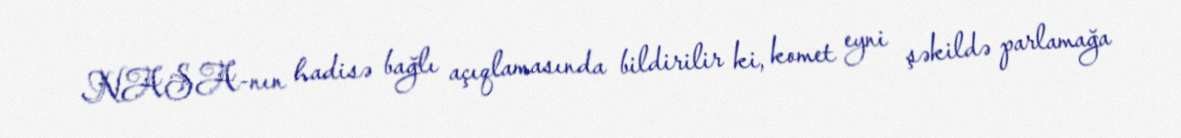
NASA-nın hadisə bağlı açıqlamasında bildirilir ki, komet eyni şəkildə parlamağa